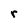
Character: r